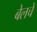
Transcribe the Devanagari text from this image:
बेलचे